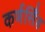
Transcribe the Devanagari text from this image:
कर्णसिँह